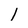
Character: l